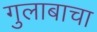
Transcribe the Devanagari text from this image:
गुलाबाचा